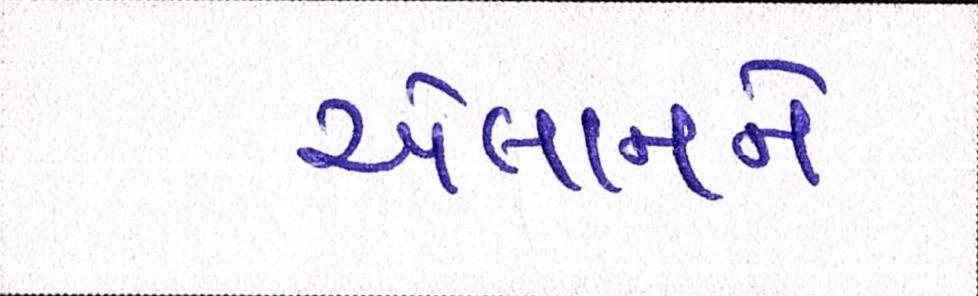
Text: એલાનને